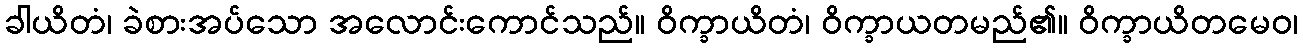
ခါယိတံ၊ ခဲစားအပ်သော အလောင်းကောင်သည်။ ဝိက္ခာယိတံ၊ ဝိက္ခာယတမည်၏။ ဝိက္ခာယိတမေဝ၊